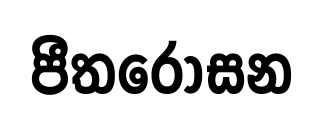
පීතරෝසන